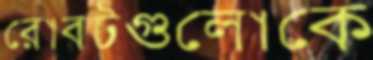
রোবটগুলোকে